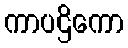
ကာပဌိကော